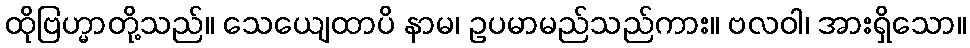
ထိုဗြဟ္မာတို့သည်။ သေယျေထာပိ နာမ၊ ဥပမာမည်သည်ကား။ ဗလဝါ၊ အားရှိသော။